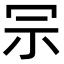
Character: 𠖀